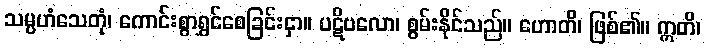
သမ္ပဟံသေတုံ၊ ကောင်းစွာရွှင်စေခြင်းငှာ။ ပဋိဗလော၊ စွမ်းနိုင်သည်။ ဟောတိ၊ ဖြစ်၏။ ဣတိ၊